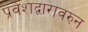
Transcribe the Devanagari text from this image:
प्रवेशद्वारावरुन